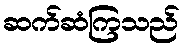
ဆက်ဆံကြသည်